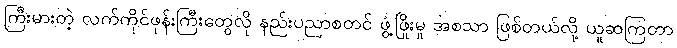
ကြီးမားတဲ့ လက်ကိုင်ဖုန်းကြီးတွေလို နည်းပညာစတင် ဖွံ့ဖြိုးမှု အစသာ ဖြစ်တယ်လို့ ယူဆကြတာ